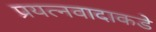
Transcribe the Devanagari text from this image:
प्रयत्‍नवादाकडे